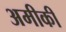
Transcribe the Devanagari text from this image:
अमीकी